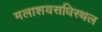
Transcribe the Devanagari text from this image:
मलाशयसधिस्थल